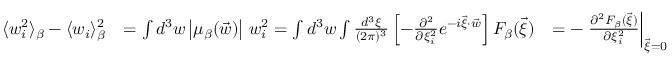
\begin{array} { r l r } { \langle w _ { i } ^ { 2 } \rangle _ { \beta } - \langle w _ { i } \rangle _ { \beta } ^ { 2 } } & { = \int d ^ { 3 } w \left| \mu _ { \beta } ( \vec { w } ) \right| \, w _ { i } ^ { 2 } = \int d ^ { 3 } w \int \frac { d ^ { 3 } \xi } { ( 2 \pi ) ^ { 3 } } \left[ - \frac { \partial ^ { 2 } } { \partial \xi _ { i } ^ { 2 } } e ^ { - i \vec { \xi } \cdot \vec { w } } \right] F _ { \beta } ( \vec { \xi } ) } & { = - \left. \frac { \partial ^ { 2 } F _ { \beta } ( \vec { \xi } ) } { \partial \xi _ { i } ^ { 2 } } \right| _ { \vec { \xi } = 0 } } \end{array}